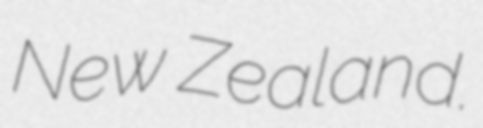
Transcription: New Zealand.